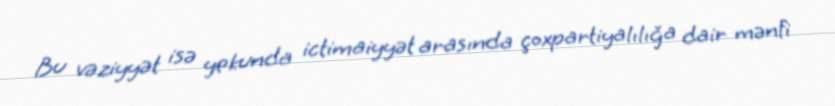
Bu vəziyyət isə yekunda ictimaiyyət arasında çoxpartiyalılığa dair mənfi